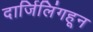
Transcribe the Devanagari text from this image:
दार्जिलिंगहून